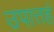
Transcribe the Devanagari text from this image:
उपात्तहं